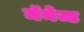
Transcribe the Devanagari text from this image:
मॅनेज्ड